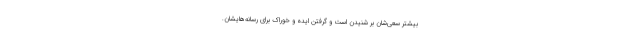
بیشتر سعی‌شان بر شنیدن است و گرفتن ایده و خوراک برای رسانه‌هایشان.